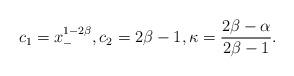
LaTeX: \begin{align*}c_1=x_-^{1-2\beta},c_2=2\beta-1,\kappa=\frac{2\beta-\alpha}{2\beta-1}.\end{align*}